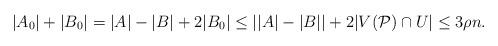
LaTeX: \begin{align*} |A_0| + |B_0| = |A|-|B| + 2|B_0| \leq ||A|-|B|| + 2|V(\mathcal{P}) \cap U| \leq 3\rho n.\end{align*}